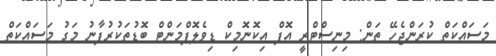
މަސައްކަތް ކުރަންޖެހޭ ތަން: މިނިސްޓްރީ އޮފް އިކޮނޮމިކް ޑިވެލޮޕްމަންޓް ބޮޑުތަކުރުފާނު މަގު މަސައްކަތް